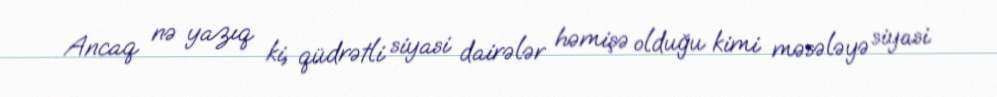
Ancaq nə yazıq ki, qüdrətli siyasi dairələr həmişə olduğu kimi məsələyə siyasi